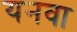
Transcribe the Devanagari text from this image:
यनवा